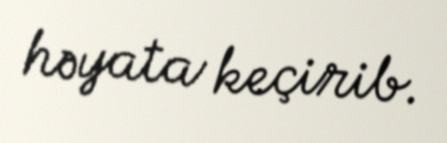
həyata keçirib.